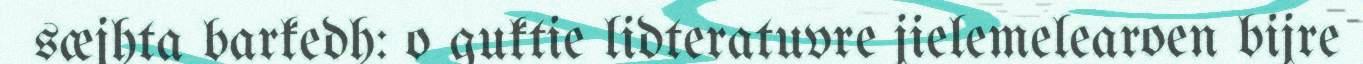
sæjhta barkedh: o guktie lidteratuvre jielemelearoen bijre